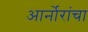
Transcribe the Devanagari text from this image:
आर्नोरांचा